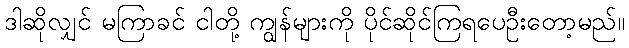
ဒါဆိုလျှင် မကြာခင် ငါတို့ ကျွန်များကို ပိုင်ဆိုင်ကြရပေဦးတော့မည်။